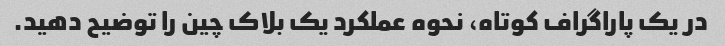
در یک پاراگراف کوتاه، نحوه عملکرد یک بلاک چین را توضیح دهید.